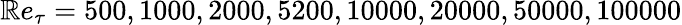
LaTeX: \mathbb{R}e_{\tau}=500,1000,2000,5200,10000,20000,50000,100000